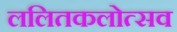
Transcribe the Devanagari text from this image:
ललितकलोत्सव